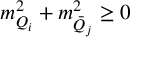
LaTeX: m _ { Q _ { i } } ^ { 2 } + m _ { \bar { Q } _ { j } } ^ { 2 } \geq 0